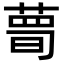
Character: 𦷹